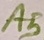
Text: A5